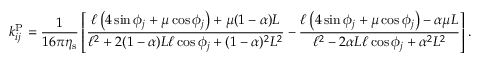
k _ { i j } ^ { \mathrm { P } } = \frac { 1 } { 1 6 \pi \eta _ { \mathrm { s } } } \left[ \frac { \ell \left( 4 \sin \phi _ { j } + \mu \cos \phi _ { j } \right) + \mu ( 1 - \alpha ) L } { \ell ^ { 2 } + 2 ( 1 - \alpha ) L \ell \cos \phi _ { j } + ( 1 - \alpha ) ^ { 2 } L ^ { 2 } } - \frac { \ell \left( 4 \sin \phi _ { j } + \mu \cos \phi _ { j } \right) - \alpha \mu L } { \ell ^ { 2 } - 2 \alpha L \ell \cos \phi _ { j } + \alpha ^ { 2 } L ^ { 2 } } \right] .